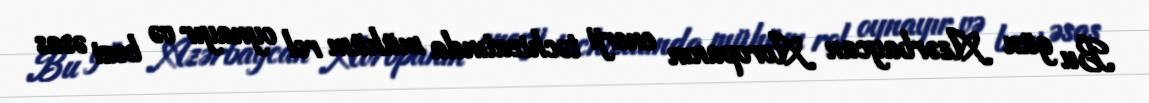
Bu gün Azərbaycan Avropanın enerji təchizatında mühüm rol oynayır və bəzi əsas